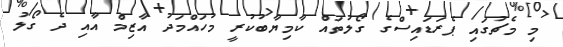
މި މެޗުގައި ޕެރަޑައިސްގެ ގޯލުތައް ކާމިޔާބުކުރީ މުހައްމަދު އާޒިމް އާއި ދެ ގޯލު